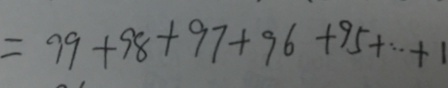
= 9 9 + 9 8 + 9 7 + 9 6 + 9 5 + \cdots + 1